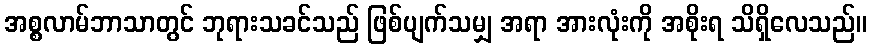
အစ္စလာမ်ဘာသာတွင် ဘုရားသခင်သည် ဖြစ်ပျက်သမျှ အရာ အားလုံးကို အစိုးရ သိရှိလေသည်။